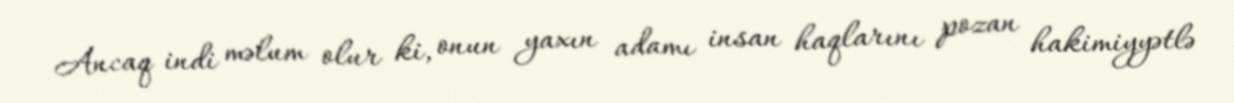
Ancaq indi məlum olur ki, onun yaxın adamı insan haqlarını pozan hakimiyyətlə